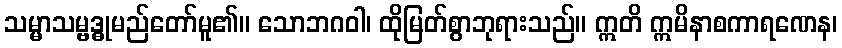
သမ္မာသမ္ဗဒ္ဓုမည်တော်မူ၏။ သောဘဂဝါ၊ ထိုမြတ်စွာဘုရားသည်။ ဣတိ ဣမိနာစကာရဏေန၊